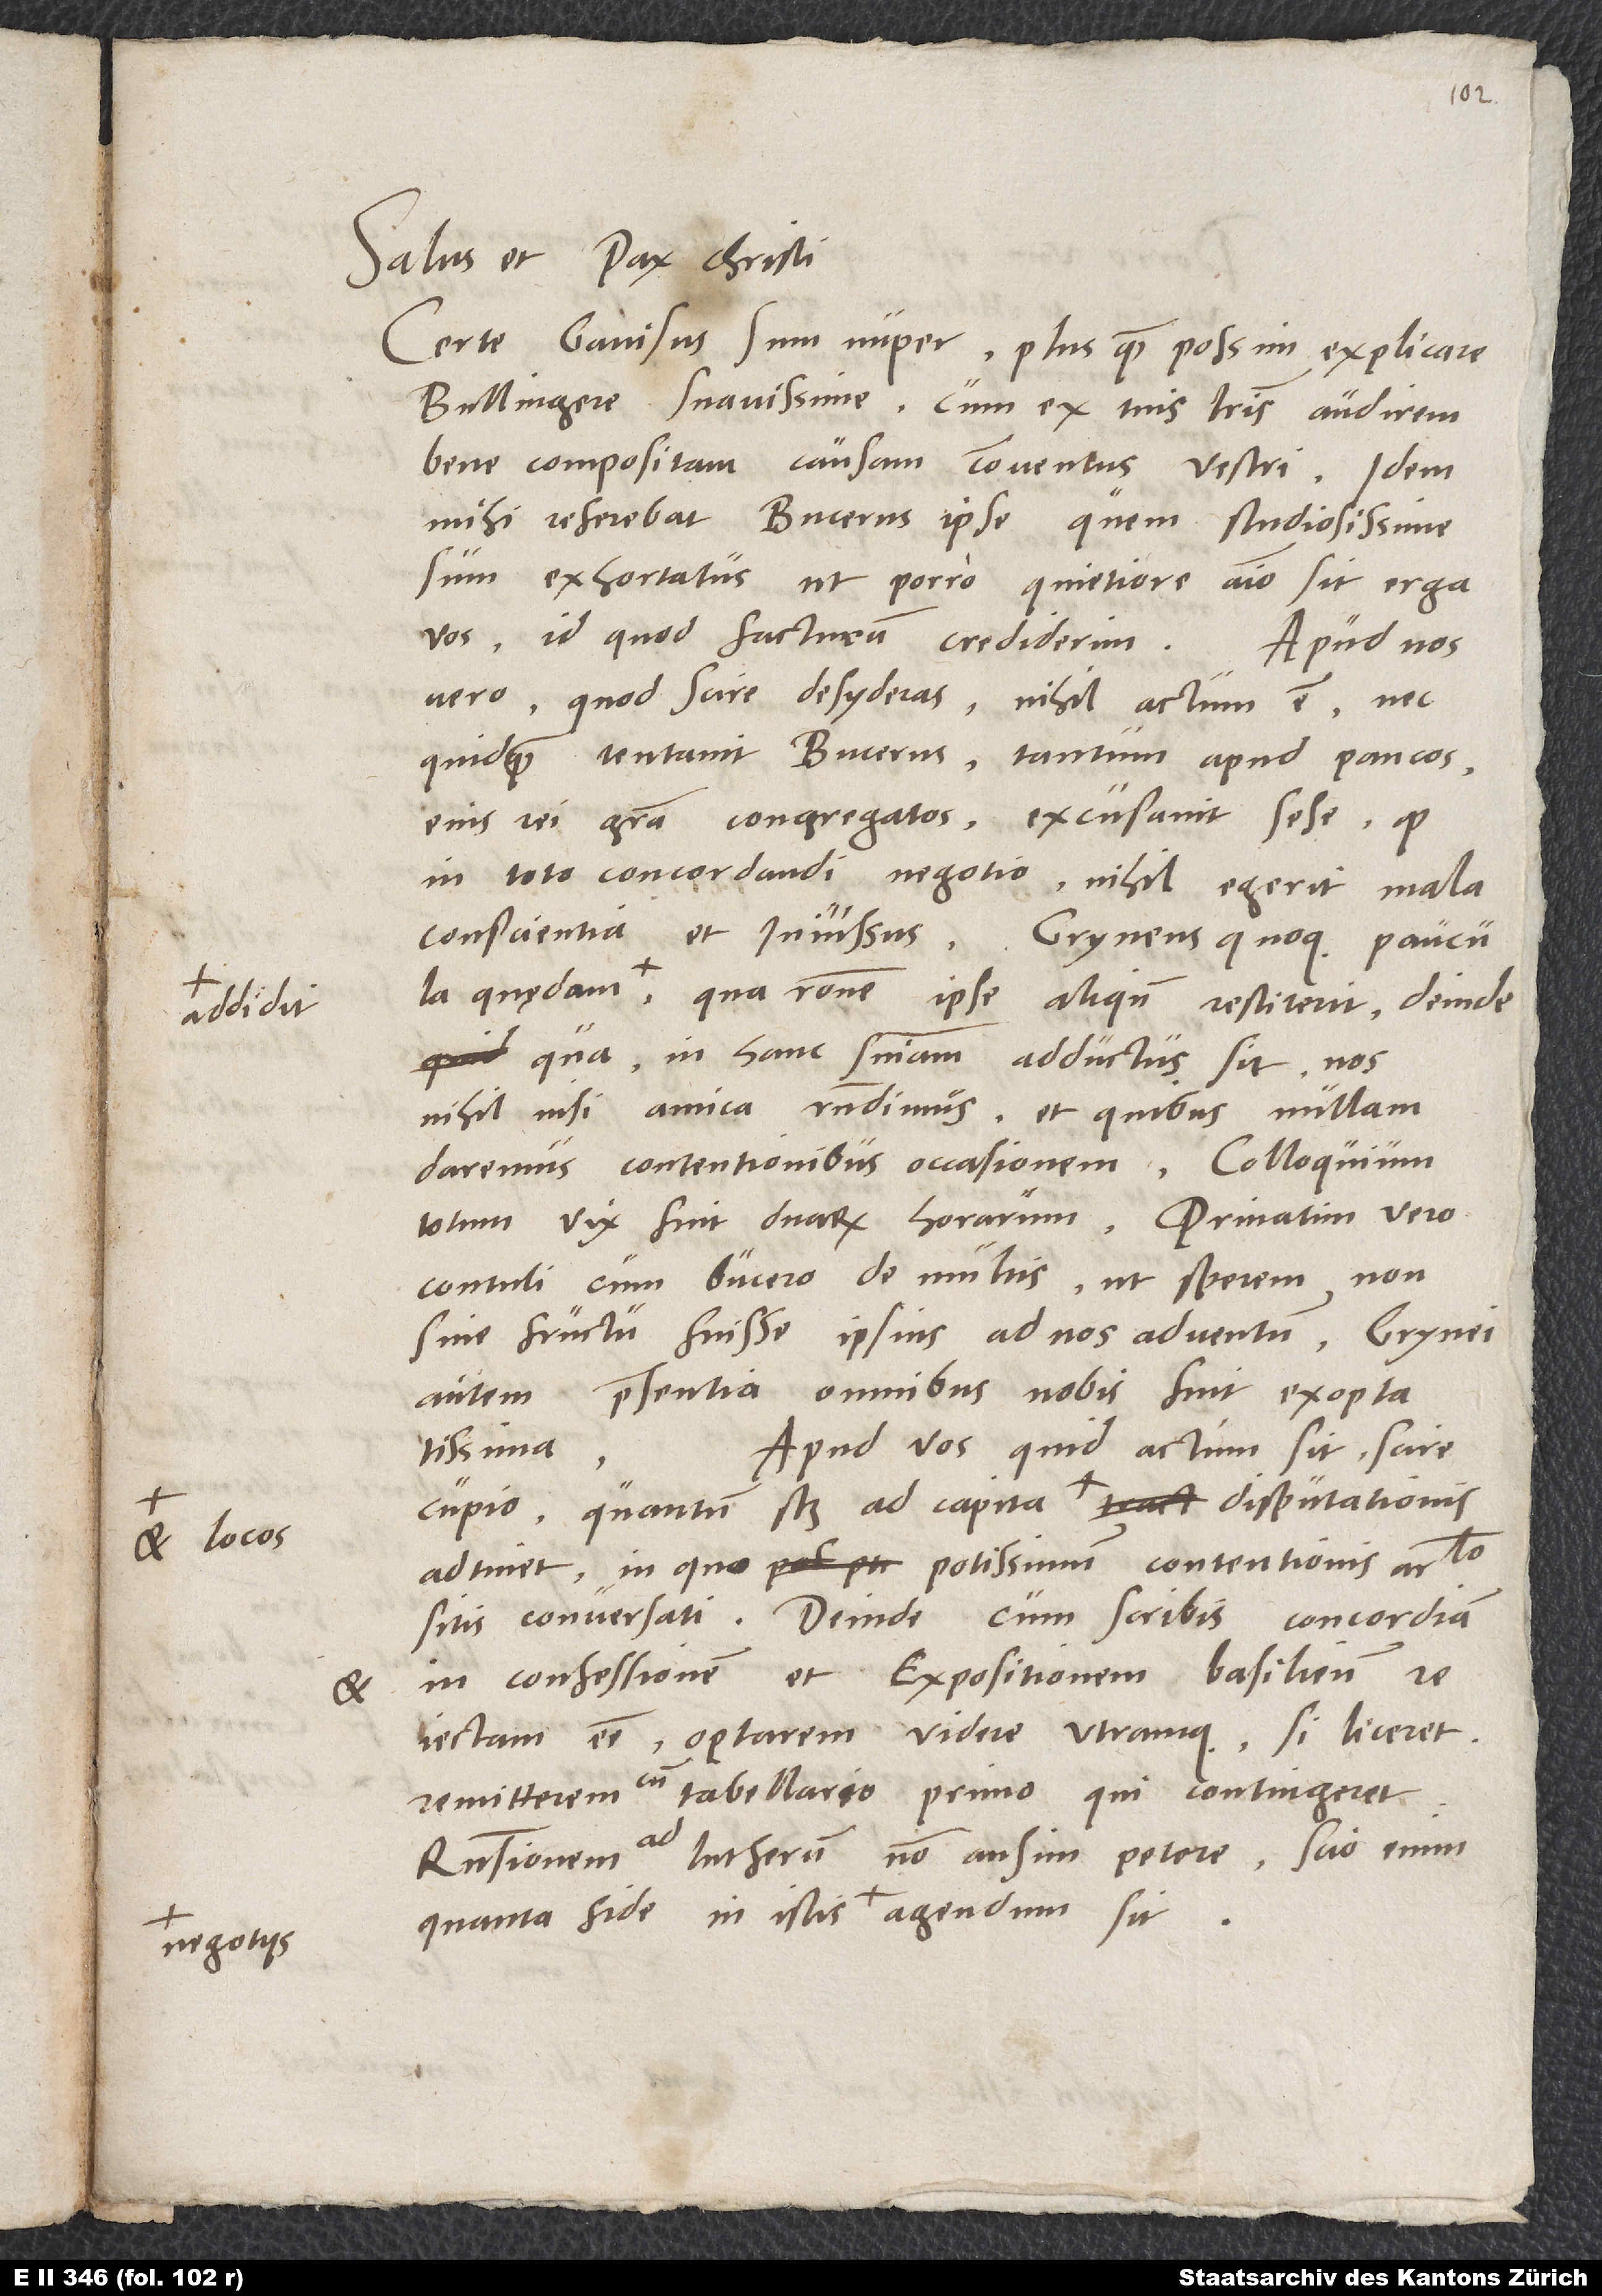
addidit,

Salus et pax Christi.
Certe gavisus sum nuper plus, quam possim explicare,
Bullingere suavissime, cum ex tuis literis audirem
bene compositam causam conventus vestri. Idem
mihi referebat Bucerus ipse, quem studiosissime
sum exhortatus, ut porro quietiore animo sit erga
vos, id quod facturum crediderim.
vero, quod scire desyderas, nihil actum est, nec
quidquam tentavit Bucerus; tantum apud paucos
eius rei gratia congregatos excusavit sese, quod
in toto concordandi negotio nihil egerit mala
qua ratione ipse aliquando restiterit, deinde
qua in hanc sententiam adductus sit. Nos
nihil nisi amica respondimus et quibus nullam
daremus contentionibus occasionem. Colloquium
totum vix fuit duarum horarum. Privatim vero
contuli cum Bucero de multis, ut sperem non
sine fructu fuisse ipsius ad nos adventum. Grynei
autem praesentia omnibus nobis fuit exoptatissima.
Apud vos quid actum sit, scire
cupio, quantum scilicet ad capita et locos disputationis
adtinet, in quo potissimum contentionis articulo
sitis conversati. Deinde, cum scribis concordiam
in confessionem et expositionem Basiliensem
reiectam esse, optarem videre utramque, si liceret;
remitterem cum tabellario primo, qui contingeret.
Responsionem ad Lutherum non ausim petere; scio enim,
quanta fide in istis negotiis agendum sit.